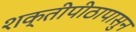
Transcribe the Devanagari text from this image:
शक्तीपीठापासुन